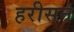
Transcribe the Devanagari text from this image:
हरीसन